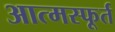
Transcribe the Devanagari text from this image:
आत्मस्फूर्त